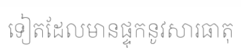
ទៀតដែលមានផ្ទុកនូវសារធាតុ